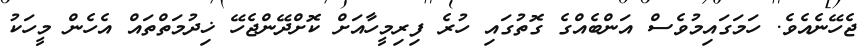
ޖެހޭނެއެވެ. ހަމަގައިމުވެސް އަންބެއްގެ ގޮތުގައި ހުރެ ފިރިމީހާއަށް ކޮށްދޭންޖެހޭ ޚިދުމަތްތައް އެހެން މީހަކު